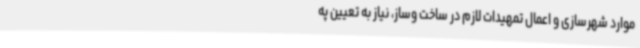
موارد شهرسازی و اعمال تمهیدات لازم در ساخت وساز، نیاز به تعیین په